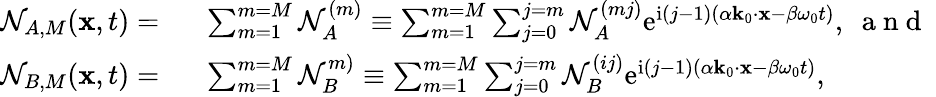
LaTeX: \begin{array}{rl}{\mathcal{N}_{A,M}(\mathbf{x},t)=~}&{{}\sum_{m=1}^{m=M}\mathcal{N}_{A}^{(m)}\equiv\sum_{m=1}^{m=M}\sum_{j=0}^{j=m}\mathcal{N}_{A}^{(mj)}\mathrm{e}^{\mathrm{i}(j-1)(\alpha\mathbf{k}_{0}\cdot\mathbf{x}-\beta\omega_{0}t)},~\mathrm{~a~n~d~}~}\\ {\mathcal{N}_{B,M}(\mathbf{x},t)=~}&{{}\sum_{m=1}^{m=M}\mathcal{N}_{B}^{m)}\equiv\sum_{m=1}^{m=M}\sum_{j=0}^{j=m}\mathcal{N}_{B}^{(ij)}\mathrm{e}^{\mathrm{i}(j-1)(\alpha\mathbf{k}_{0}\cdot\mathbf{x}-\beta\omega_{0}t)},}\end{array}